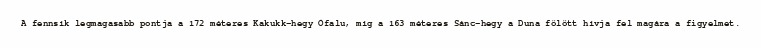
A fennsík legmagasabb pontja a 172 méteres Kakukk-hegy Ófalu, míg a 163 méteres Sánc-hegy a Duna fölött hívja fel magára a figyelmet.